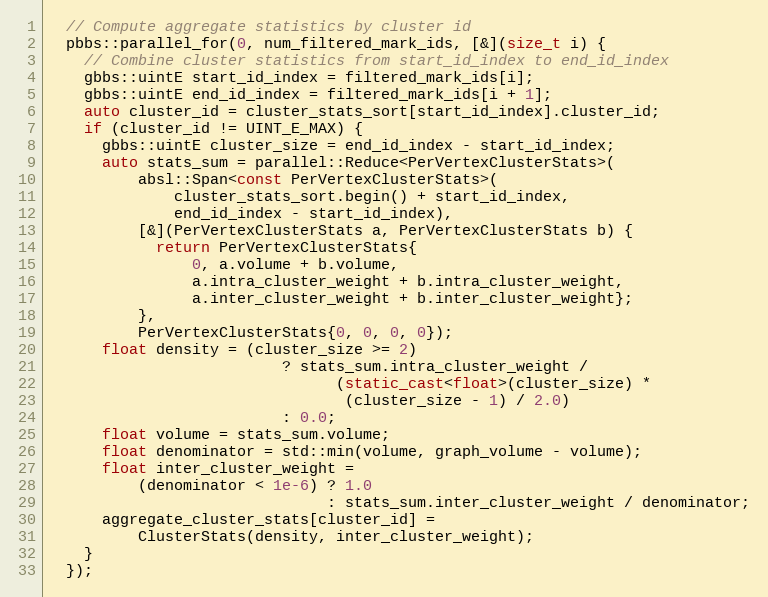
Language: C++
  // Compute aggregate statistics by cluster id
  pbbs::parallel_for(0, num_filtered_mark_ids, [&](size_t i) {
    // Combine cluster statistics from start_id_index to end_id_index
    gbbs::uintE start_id_index = filtered_mark_ids[i];
    gbbs::uintE end_id_index = filtered_mark_ids[i + 1];
    auto cluster_id = cluster_stats_sort[start_id_index].cluster_id;
    if (cluster_id != UINT_E_MAX) {
      gbbs::uintE cluster_size = end_id_index - start_id_index;
      auto stats_sum = parallel::Reduce<PerVertexClusterStats>(
          absl::Span<const PerVertexClusterStats>(
              cluster_stats_sort.begin() + start_id_index,
              end_id_index - start_id_index),
          [&](PerVertexClusterStats a, PerVertexClusterStats b) {
            return PerVertexClusterStats{
                0, a.volume + b.volume,
                a.intra_cluster_weight + b.intra_cluster_weight,
                a.inter_cluster_weight + b.inter_cluster_weight};
          },
          PerVertexClusterStats{0, 0, 0, 0});
      float density = (cluster_size >= 2)
                          ? stats_sum.intra_cluster_weight /
                                (static_cast<float>(cluster_size) *
                                 (cluster_size - 1) / 2.0)
                          : 0.0;
      float volume = stats_sum.volume;
      float denominator = std::min(volume, graph_volume - volume);
      float inter_cluster_weight =
          (denominator < 1e-6) ? 1.0
                               : stats_sum.inter_cluster_weight / denominator;
      aggregate_cluster_stats[cluster_id] =
          ClusterStats(density, inter_cluster_weight);
    }
  });